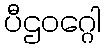
ပီဌဝဂ္ဂေါ